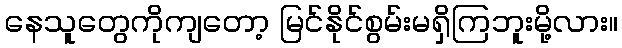
နေသူတွေကိုကျတော့ မြင်နိုင်စွမ်းမရှိကြဘူးမို့လား။